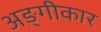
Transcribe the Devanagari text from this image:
अङ्गीकार